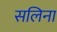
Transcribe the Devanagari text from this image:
सलिना